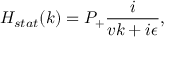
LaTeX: H _ { s t a t } ( k ) = P _ { + } \frac { i } { v k + i \epsilon } ,